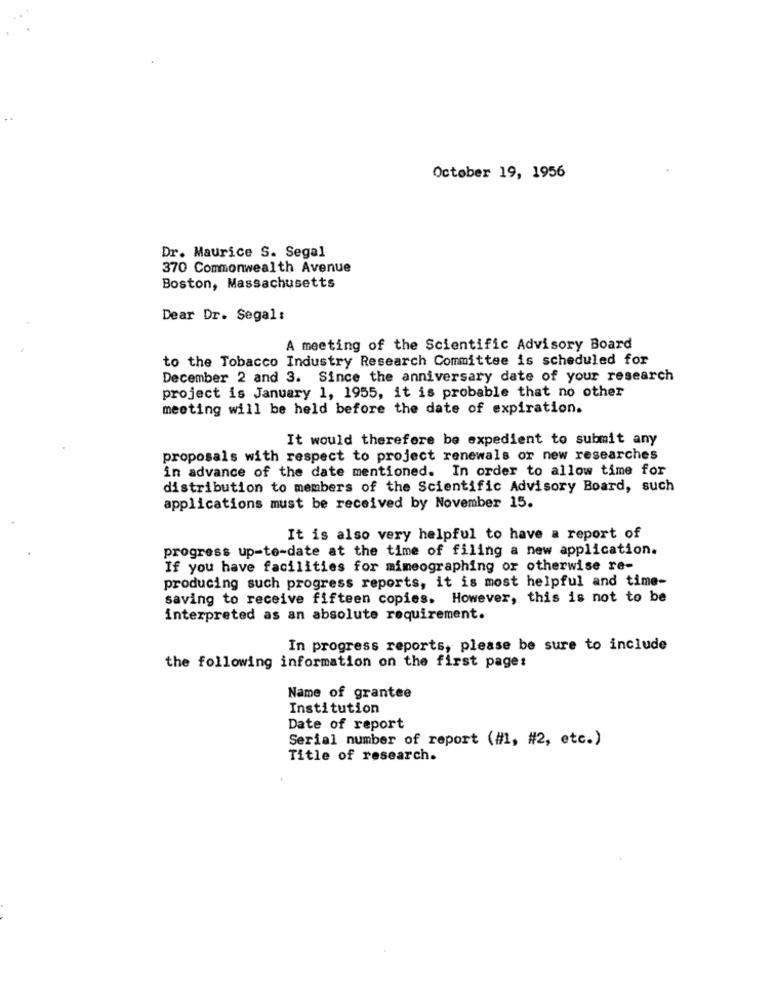
October 19, 1956
Dr. Maurice S. Segal
370 Commonwealth Avenue
Boston, Massachusetts
Dear Dr. Segal:
A meeting of the Scientific Advisory Board
to the Tobacco Industry Research Committee is scheduled for
December 2 and 3. Since the anniversary date of your research
project is January 1, 1955, it is probable that no other
meeting will be held before the date of expiration.
It would therefore be expedient to submit any
proposals with respect to project renewals or new researches
in advance of the date mentioned. In order to allow time for
distribution to members of the Scientific Advisory Board, such
applications must be received by November 15.
It is also very helpful to have a report of
progress up-to-date at the time of filing a new application.
If you have facilities for mimeographing or otherwise re-
producing such progress reports, it is most helpful and time-
saving to receive fifteen copies. However, this is not to be
interpreted as an absolute requirement.
In progress reports, please be sure to include
the following information on the first page:
Name of grantee
Institution
Date of report
Serial number of report (#1, #2, etc.)
Title of research.